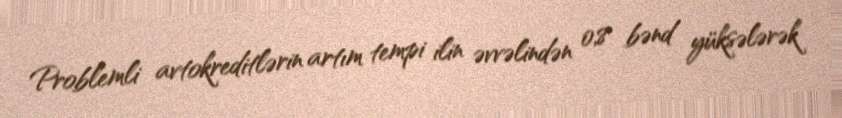
Problemli avtokreditlərin artım tempi ilin əvvəlindən 0,8 bənd yüksələrək